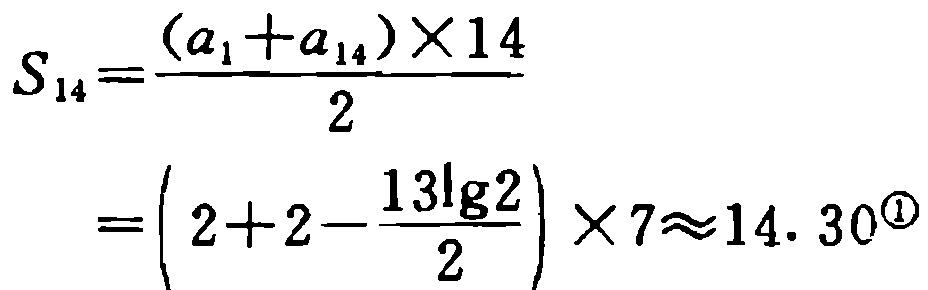
\[

\begin{align*}

S_{14}&=\frac{(a_{1} + a_{14})\times14}{2}\\

&=\left(2 + 2-\frac{13\lg2}{2}\right)\times7\approx14.30^{\circled{1}}

\end{align*}

\]